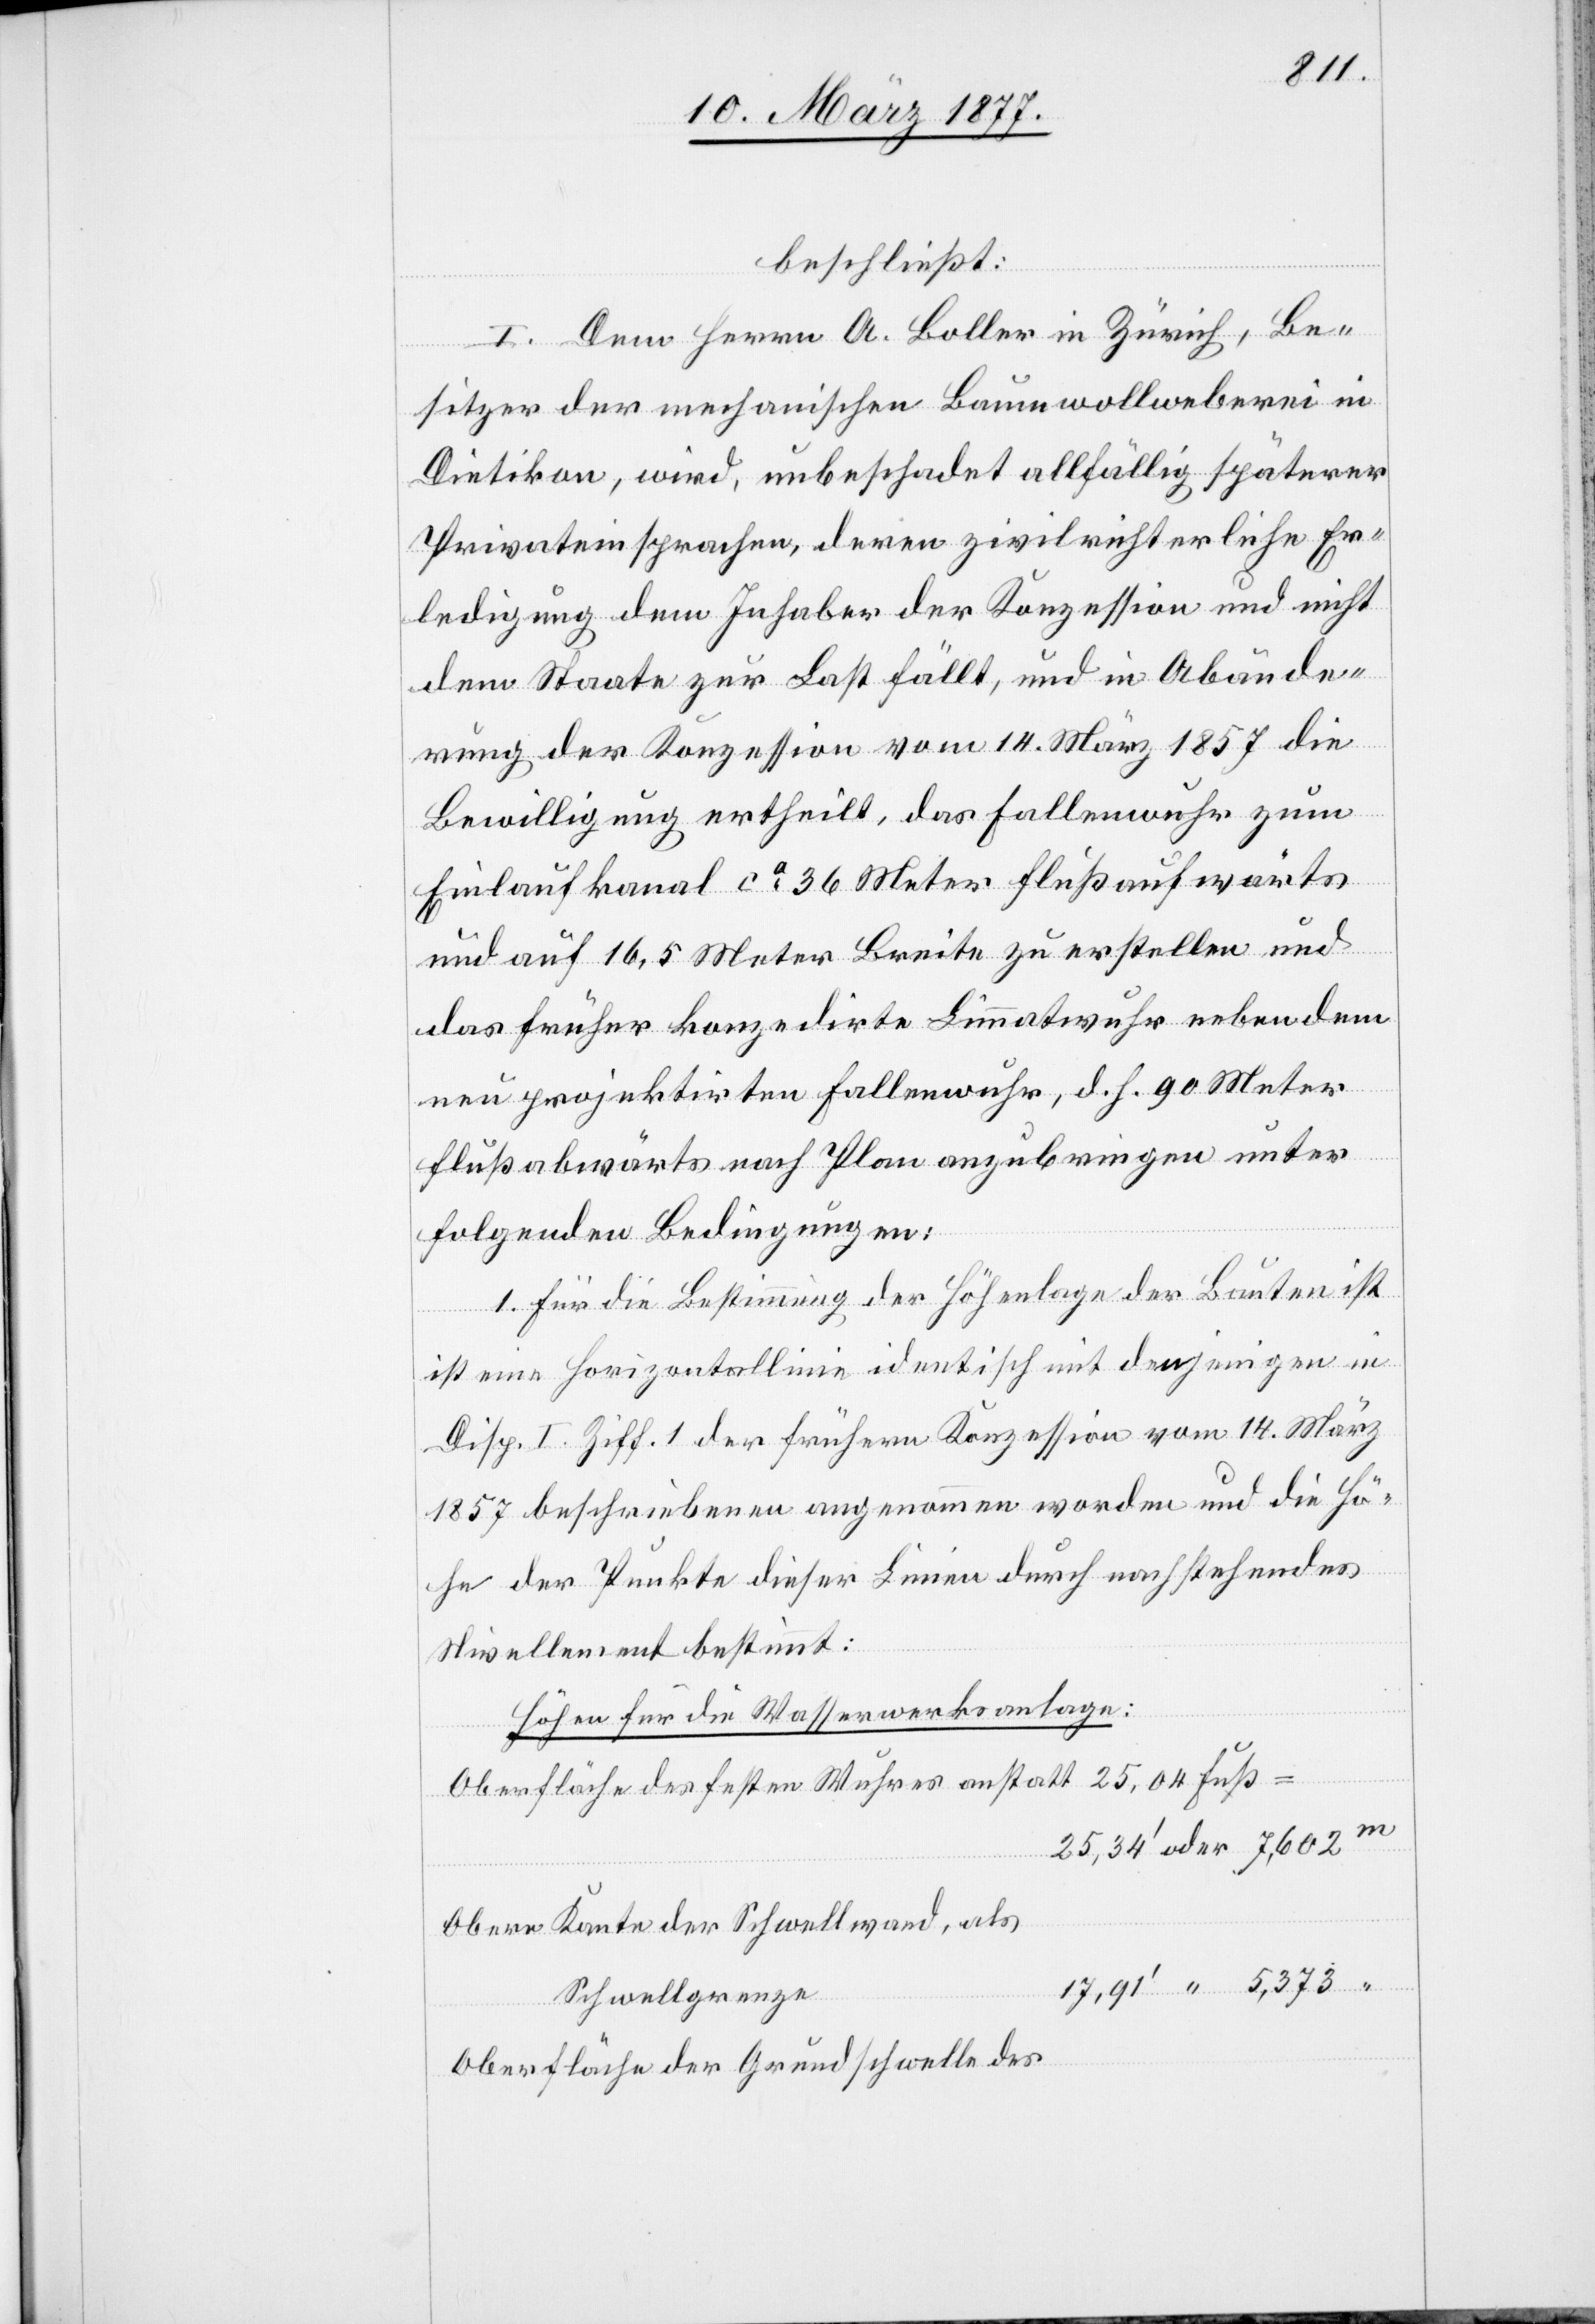
beschließt:
I. Dem Herrn A. Boller in Zürich, Be¬
sitzer der mechanischen Baumwollweberei in
Dietikon, wird, unbeschadet allfällig späterer
Privateinsprachen, deren zivilrichterliche Er¬
ledigung dem Inhaber der Konzession und nicht
dem Staate zur Last fällt, und in Abände¬
rung der Konzession vom 14. März 1857 die
Bewilligung ertheilt, das Fallenwuhr zum
Einlaufkanal ca 36 Meter flußaufwärts
und auf 16,5 Meter Breite zu erstellen und
das früher konzedirte Limmatwuhr neben dem
neu projektirten Fallenwuhr, d. h. 90 Meter
flußabwärts nach Plan anzubringen unter
folgenden Bedingungen:
1. Für die Bestimmung der Höhenlage der Bauten ist
[sic!] eine Horizontallinie identisch mit denjenigen in
Disp. I. Ziff. 1 der frühern Konzession vom 14. März
1857 beschriebenen angenommen worden und die Hö¬
oder
he der Punkte dieser Linien durch nachstehendes
Nivellement bestimmt:
Höhen für die Wasserwerksanlage:
Oberfläche des festen Wuhres anstatt 25,04 Fuß
Obere Kante der Schwellwand, als
Schwellgrenze
Oberfläche der Grundschwelle des